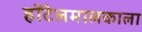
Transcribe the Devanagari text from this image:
हॉटेलमालकाला